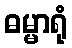
ဓမ္မာရုံ